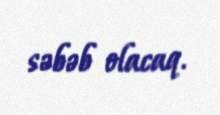
səbəb olacaq.